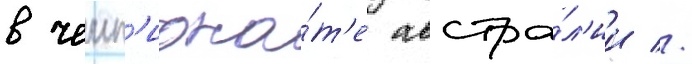
в чемп'иона́т'е австра́л'ии //